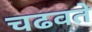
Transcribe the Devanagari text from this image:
चढवते